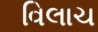
વિલાચ